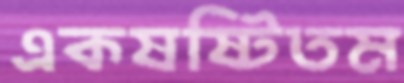
একষষ্টিতম